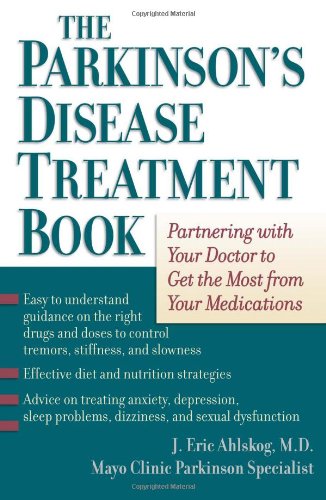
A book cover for The Parkinson's Disease Treatment Book: Partnering with Your Doctor to Get the Most from Your Medications; J. Eric Ahlskog; Health, Fitness & Dieting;